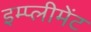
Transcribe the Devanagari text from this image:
इम्प्लीमेंट